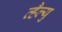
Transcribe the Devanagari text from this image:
व्हैल्यु